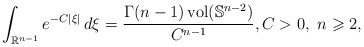
\begin{align*} \int_{\mathbb{R}^{n-1}}e^{-C|\xi|}\,d\xi = \frac{\Gamma(n-1)\operatorname{vol}(\mathbb{S}^{n-2})}{C^{n-1}},C>0,\ n\geqslant 2,\end{align*}